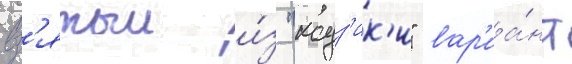
вз'ятыи и́з "кодз'ик'и" вар'иа́нт